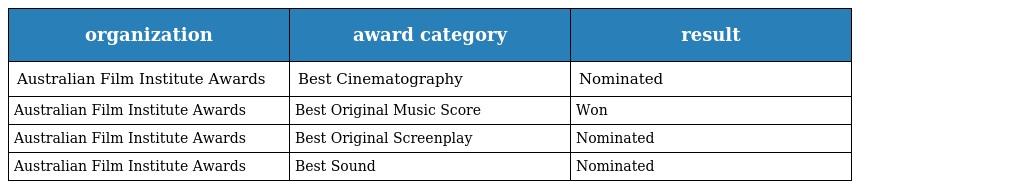
| organization | award category | result |
 | --- | --- | --- |
 | Australian Film Institute Awards | Best Cinematography | Nominated |
 | Australian Film Institute Awards | Best Original Music Score | Won |
 | Australian Film Institute Awards | Best Original Screenplay | Nominated |
 | Australian Film Institute Awards | Best Sound | Nominated |